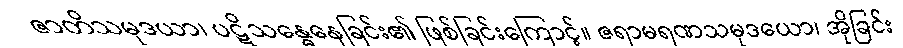
ဇာတိသမုဒယာ၊ ပဋိသန္ဓေနေခြင်း၏ ဖြစ်ခြင်းကြောင့်။ ဇရာမရဏသမုဒယော၊ အိုခြင်း